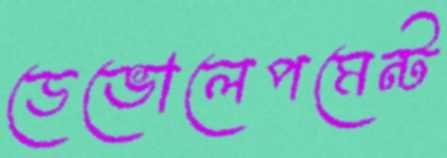
ডেভোলেপমেন্ট